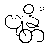
ဗျန္တိံ